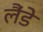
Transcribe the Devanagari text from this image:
लैंडे